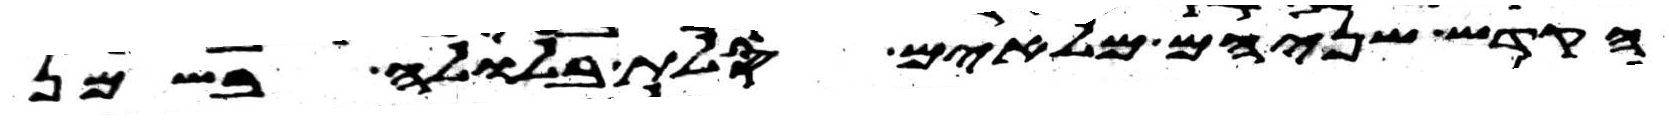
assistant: הקדש שניהם מלאים סלת בלולה בשמן